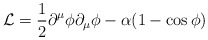
\begin{align*}{\cal L}= \frac{1}{2}\partial^\mu \phi \partial_\mu \phi-\alpha(1-\cos\phi)\end{align*}